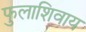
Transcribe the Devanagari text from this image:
फुलाशिवाय